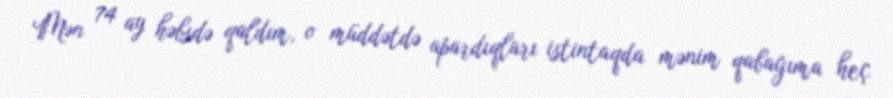
Mən 74 ay həbsdə qaldım, o müddətdə apardıqları istintaqda mənim qabağıma heç